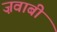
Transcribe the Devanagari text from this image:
ज़वाबी